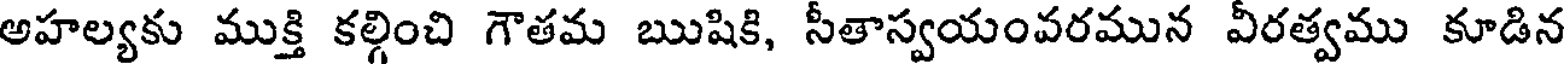
అహల్యకు ముక్తి కల్గించి గౌతమ ఋషికి, సీతాస్వయంవరమున వీరత్వము కూడిన